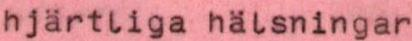
hjärtliga hälsningar